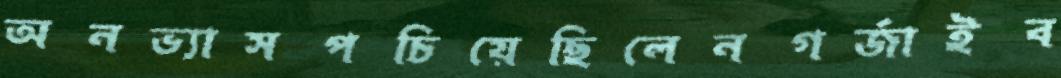
অনভ্যাসপচিয়েছিলেনগর্‌জাইব